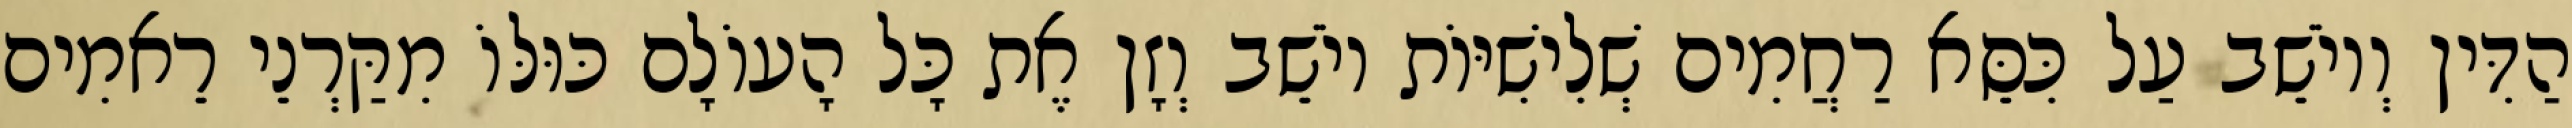
הַדִּין וְיוֹשֵׁב עַל כִּסֵּא רַחֲמִים שְׁלִישִׁיּוֹת יוֹשֵׁב וְזָן אֶת כָּל הָעוֹלָם כּוּלּוֹ מִקַּרְנֵי רֵאמִים